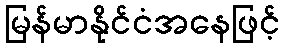
မြန်မာနိုင်ငံအနေဖြင့်